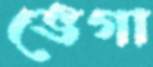
ভেগা